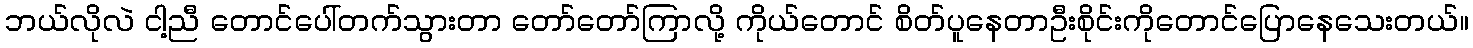
ဘယ်လိုလဲ ငါ့ညီ တောင်ပေါ်တက်သွားတာ တော်တော်ကြာလို့ ကိုယ်တောင် စိတ်ပူနေတာဦးစိုင်းကိုတောင်ပြောနေသေးတယ်။